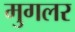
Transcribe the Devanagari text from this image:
मुगलर